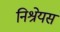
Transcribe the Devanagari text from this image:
निश्रेयस